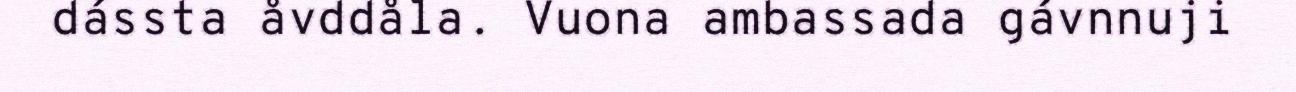
dássta åvddåla. Vuona ambassada gávnnuji